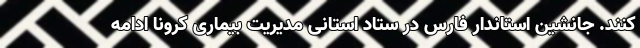
کنند. جانشین استاندار فارس در ستاد استانی مدیریت بیماری کرونا ادامه